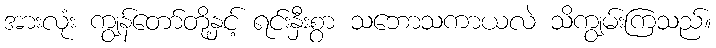
အားလုံး ကျွန်တော်တို့နှင့် ရင်းနှီးစွာ သဘောသကာယလဲ သိကျွမ်းကြသည်။